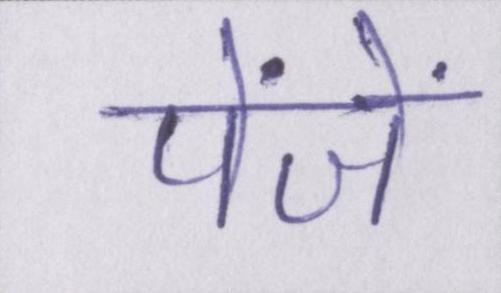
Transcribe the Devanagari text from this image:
पंजें